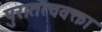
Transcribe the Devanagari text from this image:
पुरातत्ववक्ता